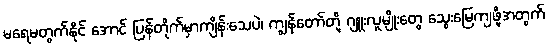
မရေမတွက်နိုင် အောင် ပြန်တိုက်မှာကျိန်းသေပဲ၊ ကျွန်တော်တို့ ဂျူးလူမျိုးတွေ သွေးမြေကျဖို့အတွက်